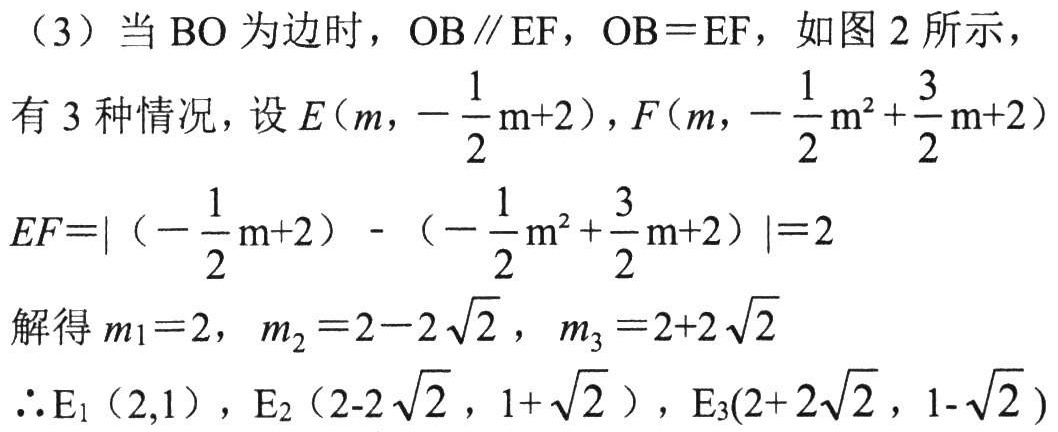
（3）当 \(BO\)为边时，\(OB\parallel EF\)，\(OB = EF\)，如图 2 所示，
有 3 种情况，设 \(E(m,-\frac{1}{2}m + 2)\)，\(F(m,-\frac{1}{2}m^{2}+\frac{3}{2}m + 2)\)
\(EF=\vert(-\frac{1}{2}m + 2)-(-\frac{1}{2}m^{2}+\frac{3}{2}m + 2)\vert = 2\)
解得 \(m_1 = 2\)，\(m_2 = 2 - 2\sqrt{2}\)，\(m_3 = 2 + 2\sqrt{2}\)
\(\therefore E_1(2,1)\)，\(E_2(2 - 2\sqrt{2},1+\sqrt{2})\)，\(E_3(2 + 2\sqrt{2},1 - \sqrt{2})\)